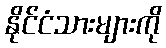
နိုင်ငံသားများကို